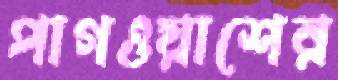
পাগওয়াশের